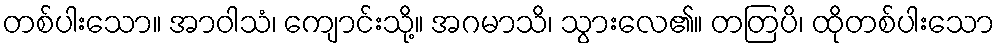
တစ်ပါးသော။ အာဝါသံ၊ ကျောင်းသို့။ အဂမာသိ၊ သွားလေ၏။ တတြပိ၊ ထိုတစ်ပါးသော